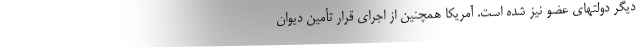
دیگر دولتهای عضو نیز شده است. آمریکا همچنین از اجرای قرار تأمین دیوان